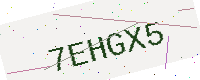
Text: 7EHGX5